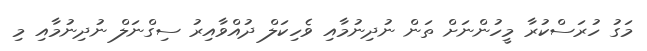
މަގު ހުރަސްކުރާ މީހުންނަށް ތަން ނުދިނުމާއި ވެހިކަލް ދުއްވާއިރު ސިގްނަލް ނުދިނުމާއި މި